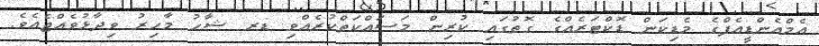
އެމްއެންޑީއެފްގެ މެޑިކަން ޑޮކްޓަރެއްގެ ގޮތުގައި ކުރިން މަސައްކަތްކުރެއްވި ޑރ ޝާހު މާހިރު ވިދާޅުވެއްޖެއެވެ.